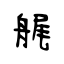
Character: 艉